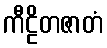
ကီဠိတဇာတံ